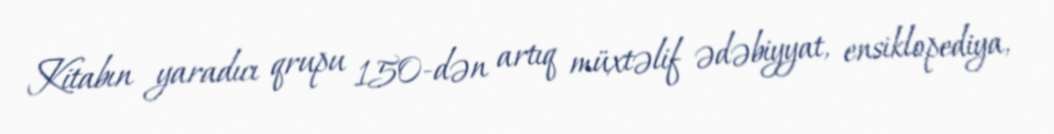
Kitabın yaradıcı qrupu 150-dən artıq müxtəlif ədəbiyyat, ensiklopediya,